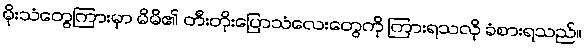
မိုးသံတွေကြားမှာ မိမိ၏ တီးတိုးပြောသံလေးတွေကို ကြားရသလို ခံစားရသည်။